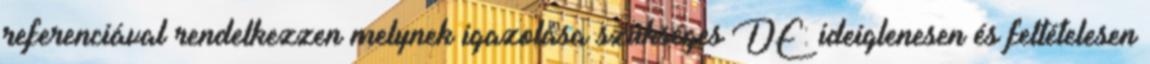
referenciával rendelkezzen melynek igazolása szükséges DE: ideiglenesen és feltételesen